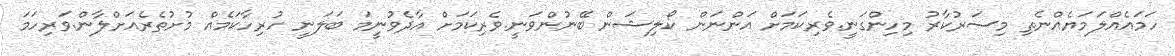
ހަމައެއްލަމަޔެއްނެތި މިސަރުކާރު މިހިންގަނީ.ވެރިކަމަށް އަންނަން ކޯލިޝަން ބޭނުންވަނީ.ވެރިކަމަށް އާދެވުނީމަ ބަލަނީ ހުރިހާކަމެއް މުށުތެރެއަށްލާން.ވަރިހަމަ